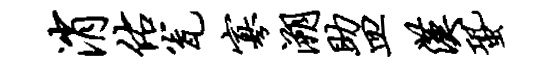
消佑瓮寡溯助皿汉蛩